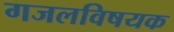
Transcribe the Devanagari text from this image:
गजलविषयक